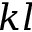
k l